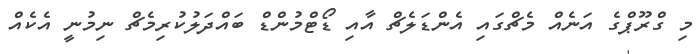
މި ގްރޫޕްގެ އަނެއް މެޗްގައި އެންޑަލެޗް އާއި ޑޯޓްމުންޑް ބައްދަލުކުރިމެޗް ނިމުނީ އެކެއް